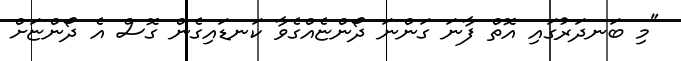
"މި ބަނދަރުގައި އޮތް ފާނަ ގަންނަ ދޯންޏެއްގެވާ ކަނޑައިގެން ގޮސް އެ ދޯންޏަށް